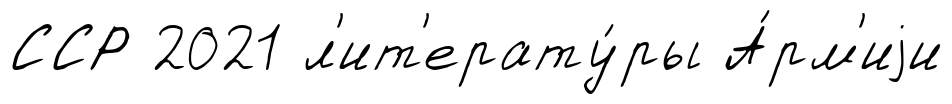
ССР 2021 л'ит'ерату́ры А́рм'иjи